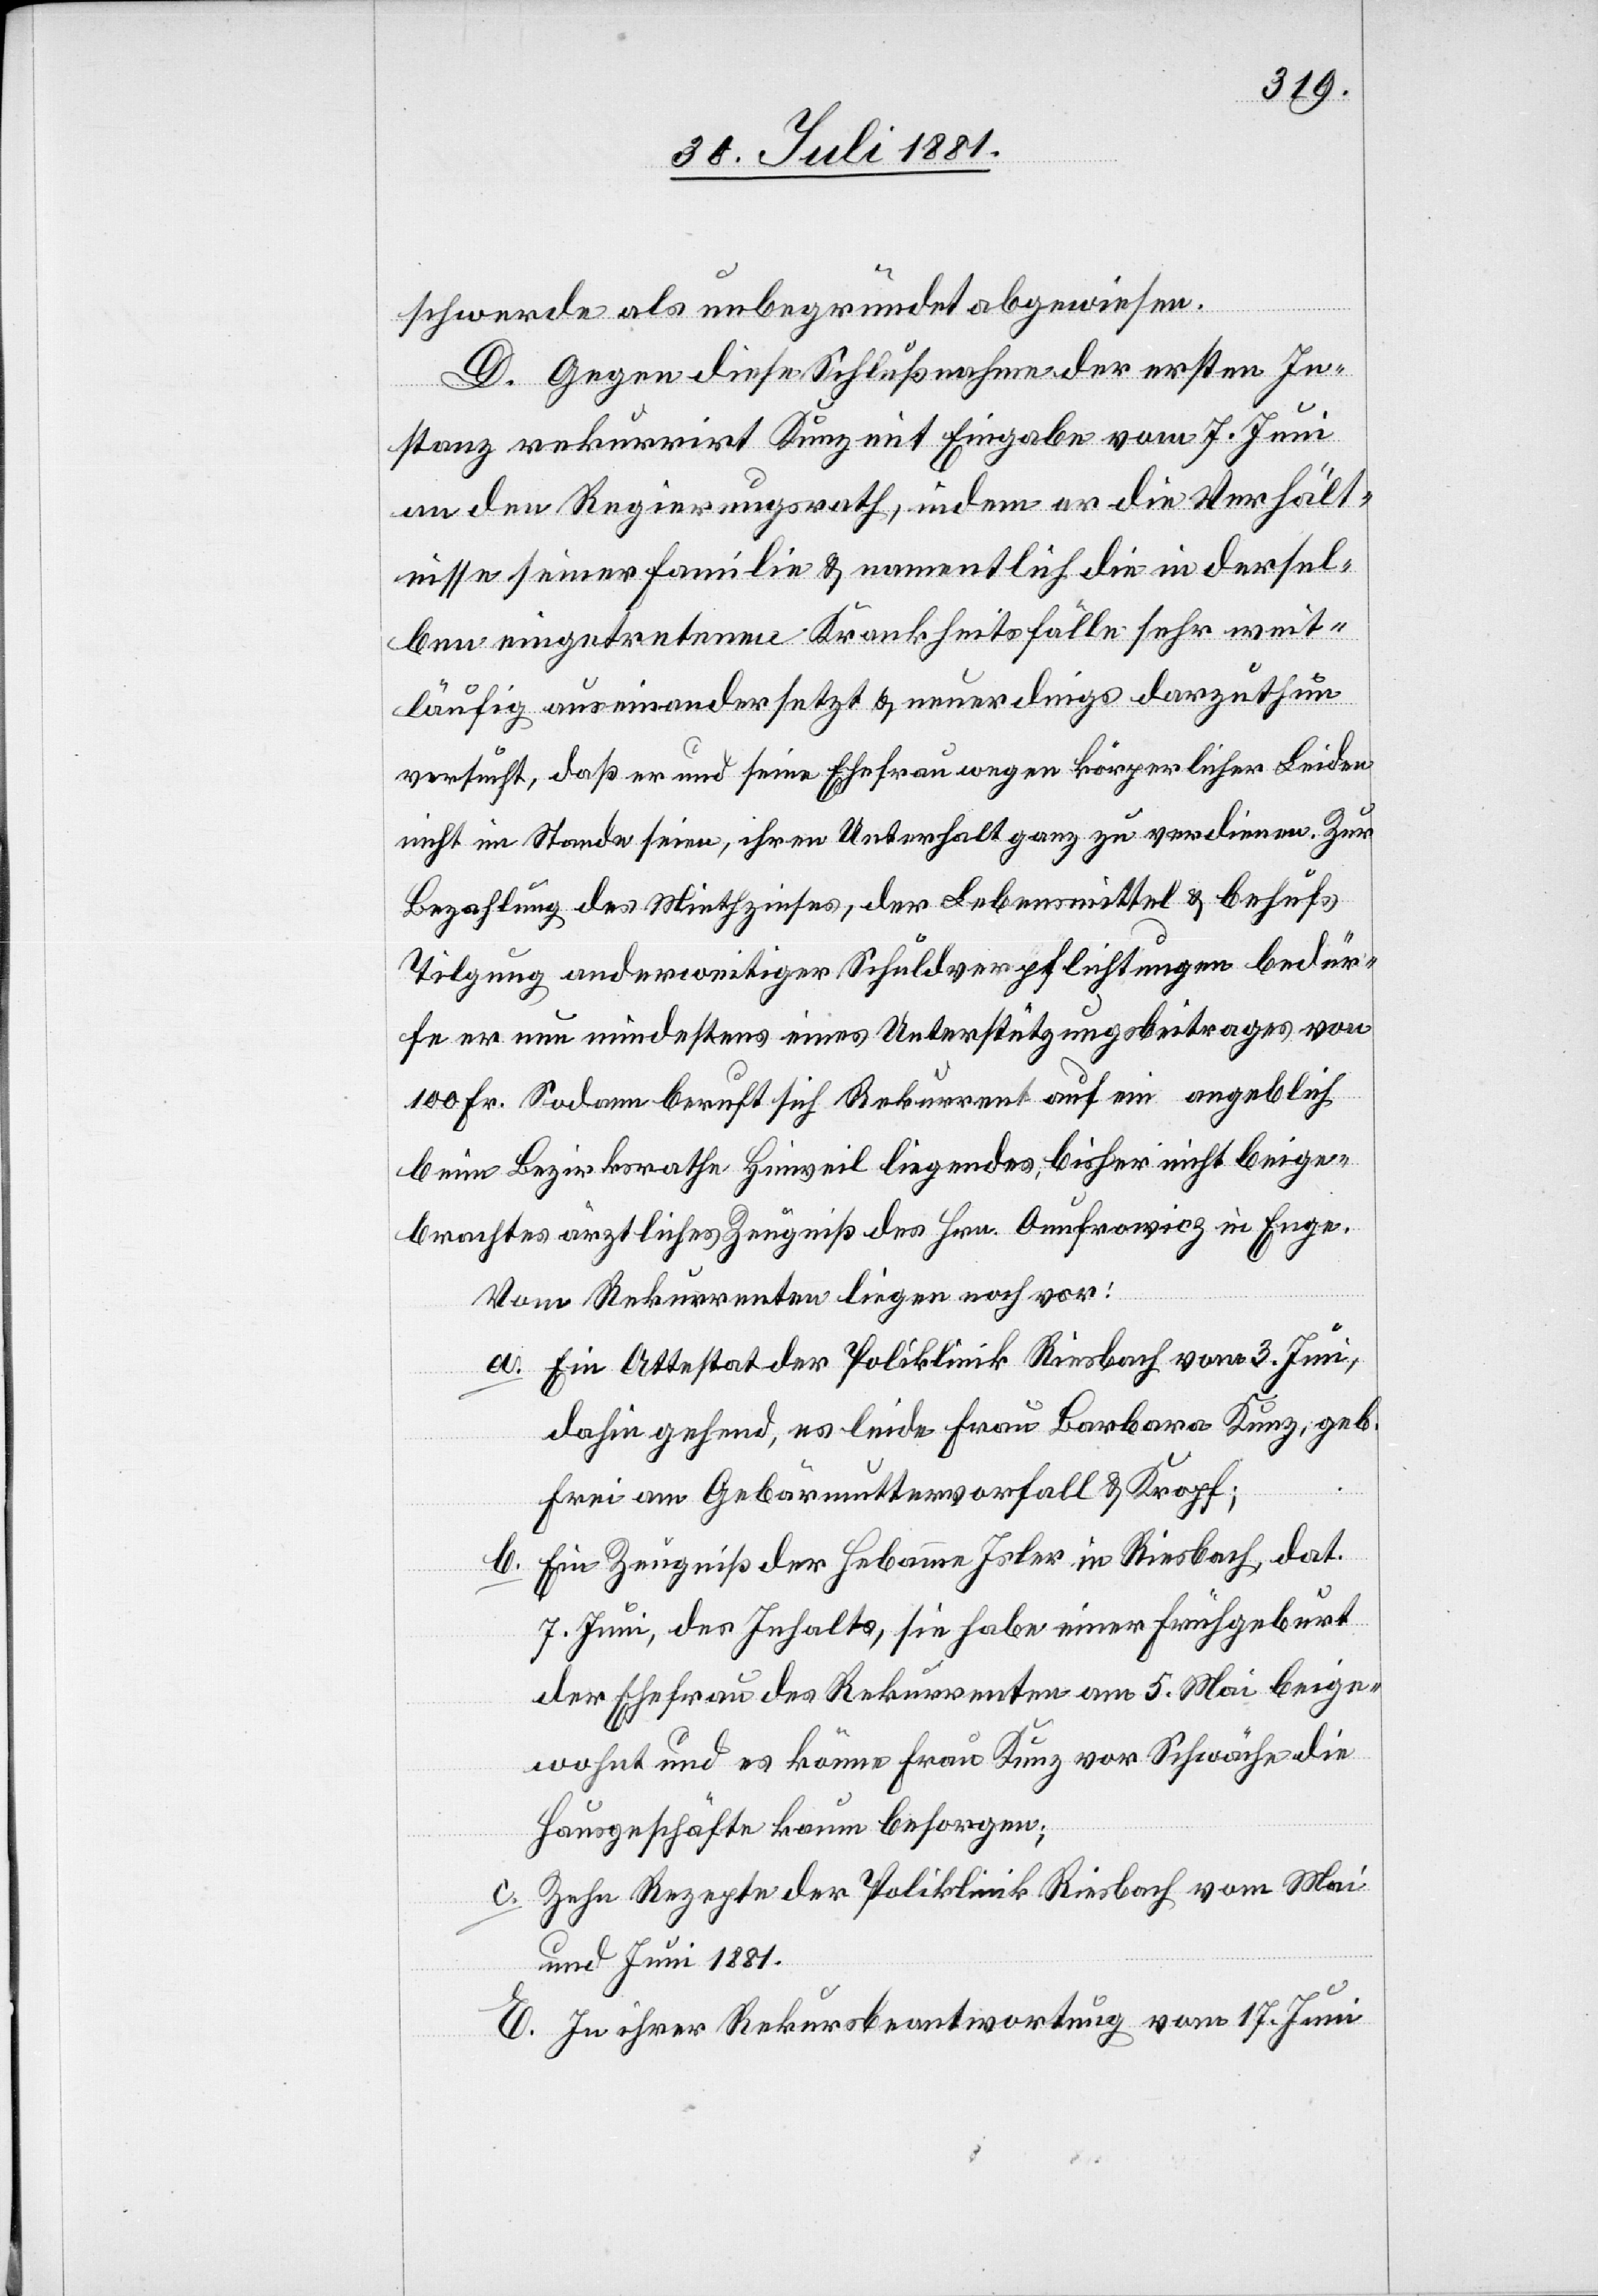
schwerde als unbegründet abgewiesen.
D. Gegen diese Schlußnahme der ersten In¬
stanz rekurrirt Kunz mit Eingabe vom 7. Juni
an den Regierungsrath, indem er die Verhält¬
nisse seiner Familie & namentlich die in dersel¬
ben eingetretenen Krankheitsfälle sehr weit¬
läufig auseinandersetzt & neuerdings darzuthun
versucht, daß er und seine Ehefrau wegen körperlicher Leiden
nicht im Stande seien, ihren Unterhalt ganz zu verdienen. Zur
Bezahlung des Miethzinses, der Lebensmittel & behufs
Tilgung anderweitiger Schuldverpflichtungen bedür¬
fe er nun mindestens eines Unterstützungsbeitrages von
100 Fr. Sodann beruft sich Rekurrent auf ein angeblich
beim Bezirksrath Hinweil liegendes, bisher nicht beige¬
brachtes ärztliches Zeugniß des Hrn. Onufrowicz in Enge.
Vom Rekurrenten liegen noch vor:
a. Ein Attestat der Poliklinik Riesbach vom 3. Juni,
dahin gehend, es leide Frau Barbara Kunz, geb.
Frei am Gebärmuttervorfall & Kropf;
b. Ein Zeugniß der Hebamme Isler in Riesbach, dat.
7. Juni, des Inhalts, sie habe einer Frühgeburt
der Ehefrau des Rekurrenten am 5. Mai beige¬
wohnt und es könne Frau Kunz vor Schwäche die
Hausgeschäfte kaum besorgen;
c. Zehn Rezepte der Poliklinik Riesbach vom Mai
und Juni 1881.
E. In ihrer Rekursbeantwortung vom 17. Juni